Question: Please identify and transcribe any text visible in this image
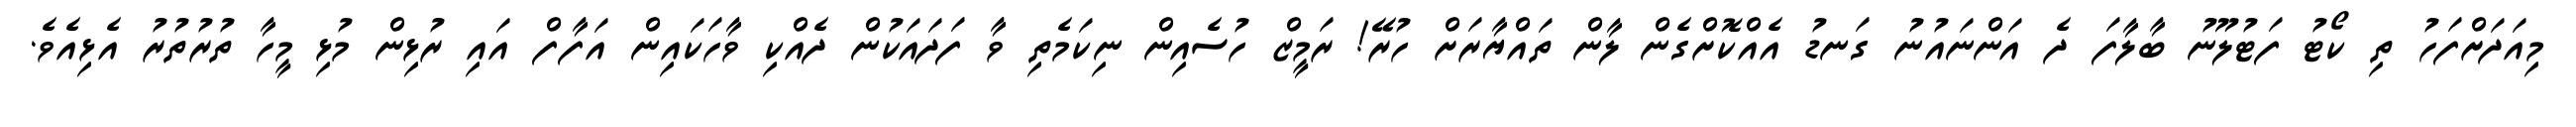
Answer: މިއަދަށްފަހު ތި ކޯޓު ފަޓުލޫނު ބާލާފަ ދެ އަންނައުނު ގަނޑު އެއްކޮށްގެން ލާން ތައްޔާރަށް ހުރޭ! ރަމީޒް ހުސެއިން ނިކަމެތި ވާ ފަދައަކުން ދެއްކި ވާހަކައިން އަފާފް އައި ރުޅިން މުޅި މީހާ ތުރުތުރު އެޅިއެވެ.